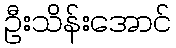
ဦးသိန်းအောင်